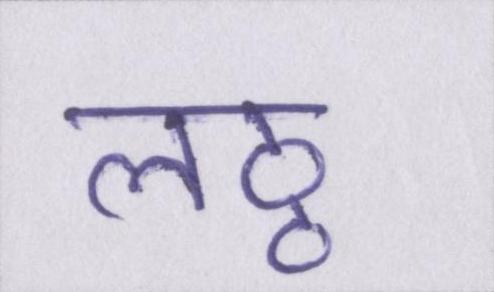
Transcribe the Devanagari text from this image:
लठ्ठ